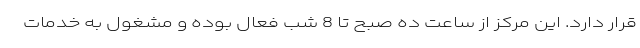
قرار دارد. این مرکز از ساعت ده صبح تا 8 شب فعال بوده و مشغول به خدمات